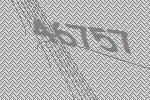
46757